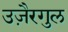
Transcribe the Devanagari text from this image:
उजै़रगुल